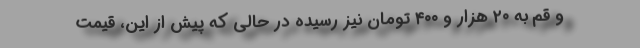
و قم به ۲۰ هزار و ۴۰۰ تومان نیز رسیده در حالی که پیش از این، قیمت